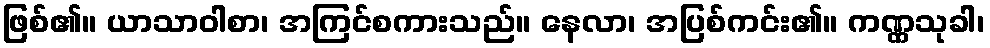
ဖြစ်၏။ ယာသာဝါစာ၊ အကြင်စကားသည်။ နေလာ၊ အပြစ်ကင်း၏။ ကဏ္ဏသုခါ၊